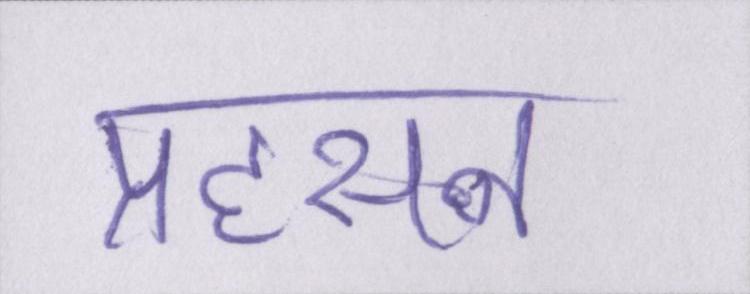
प्रहसन